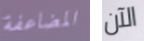
المضاعفة الآن